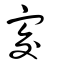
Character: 㝔